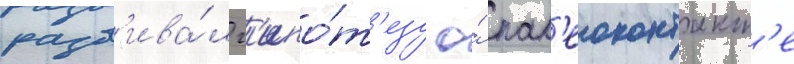
разв'ива́л г'ипо́т'езу о́ пал'еоконтакт'е